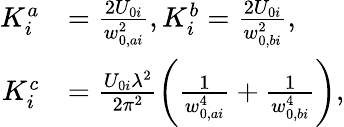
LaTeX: \begin{array}{rl}{K_{i}^{a}}&{=\frac{2U_{0i}}{w_{0,ai}^{2}},K_{i}^{b}=\frac{2U_{0i}}{w_{0,bi}^{2}},}\\ {K_{i}^{c}}&{=\frac{U_{0i}\lambda^{2}}{2\pi^{2}}\left(\frac{1}{w_{0,ai}^{4}}+\frac{1}{w_{0,bi}^{4}}\right),}\end{array}